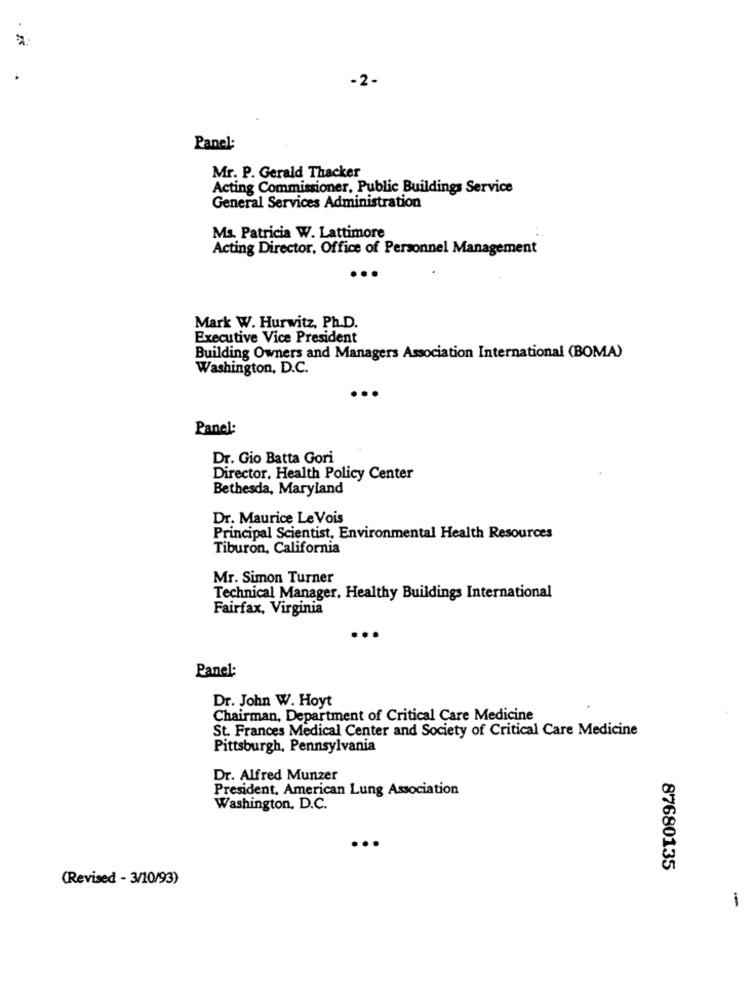
- 2-
Panel
Mr. P. Gerald Thacker
Acting Commissioner, Public Buildings Service
General Services Administration
Ms. Patricia W. Lattimore
Acting Director, Office of Personnel Management
Mark W. Hurwitz, Ph.D.
Executive Vice President
Building Owners and Managers Association International (BOMA)
Washington, D.C.
Panel:
Dr. Gio Batta Gori
Director, Health Policy Center
Bethesda, Maryland
Dr. Maurice Le Vois
Principal Scientist, Environmental Health Resources
Tiburon, California
Mr. Simon Turner
Technical Manager, Healthy Buildings International
Fairfax, Virginia
Panel:
Dr. John W. Hoyt
Chairman, Department of Critical Care Medicine
St. Frances Medical Center and Society of Critical Care Medicine
Pittsburgh, Pennsylvania
Dr. Alfred Munzer
President, American Lung Association
Washington, D.C.
87680135
(Revised - 3/10/93)
-